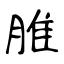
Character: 脽